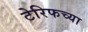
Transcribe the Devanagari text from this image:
टेरिफच्या